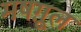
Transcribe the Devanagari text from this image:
मषग़ूल